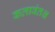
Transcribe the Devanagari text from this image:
कलावंतश्च